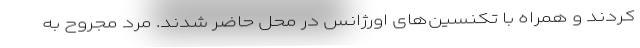
کردند و همراه با تکنسین‌های اورژانس در محل حاضر شدند. مرد مجروح به